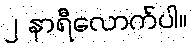
၂ နာရီလောက်ပါ။